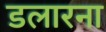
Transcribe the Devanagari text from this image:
डलारना